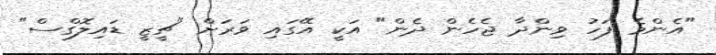
"އެންމެ ފަހު ވިންދާ ޖެހެން ދެން" އަކީ އޭގައި ވަރަށް "ޗީޒީ ޑައިލޮގްސް"